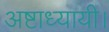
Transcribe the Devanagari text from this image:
अष्टाध्यायी।